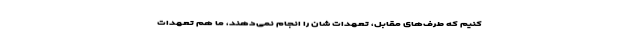
کنیم که طرف‌های مقابل، تعهدات شان را انجام نمی‌دهند، ما هم تعهدات